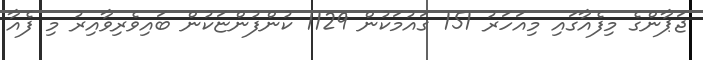
ޖަޕާންގެ މިފެއާގައި މިއަހަރު 151 ގައުމަކުން 1129 ކުންފުންޏަކުން ބައިވެރިވާއިރު މި ފެއާ